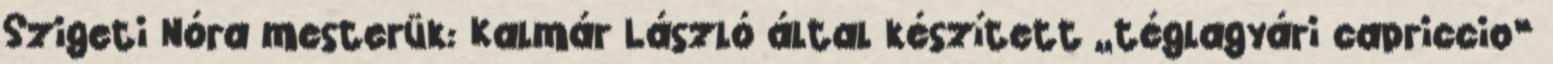
Szigeti Nóra mesterük: Kalmár László által készített „téglagyári capriccio”